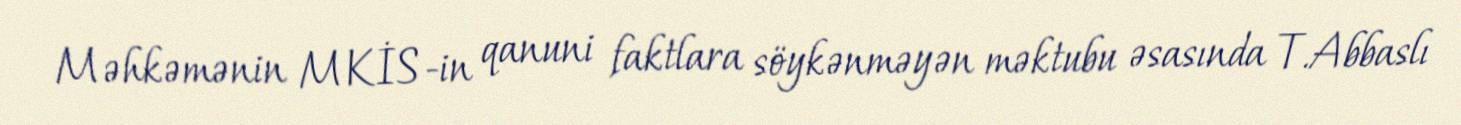
Məhkəmənin MKİS-in qanuni faktlara söykənməyən məktubu əsasında T.Abbaslı